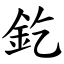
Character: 釳